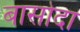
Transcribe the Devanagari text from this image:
बासोदा